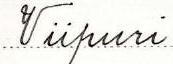
Viipuri